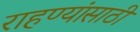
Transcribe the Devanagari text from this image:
राहण्यांसाठी